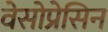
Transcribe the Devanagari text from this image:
वेसोप्रेसिन